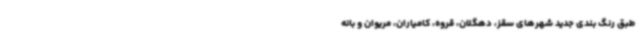
طبق رنگ بندی جدید شهرهای سقز، دهگلان، قروه، کامیاران، مریوان و بانه